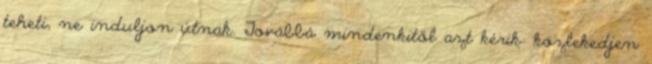
teheti, ne induljon útnak. Továbbá mindenkitől azt kérik: közlekedjen